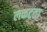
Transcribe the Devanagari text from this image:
लकटता